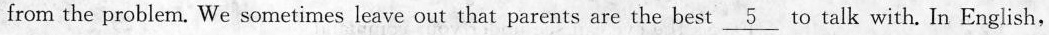
from the problem. We sometimes leave out that parents are thebest \underline{5} to talk with. In English,